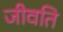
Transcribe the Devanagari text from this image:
जीवति